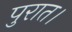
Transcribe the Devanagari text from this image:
पुरात।